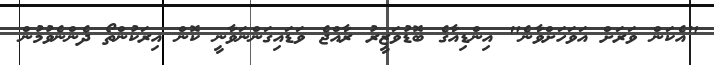
"އެކަން ވަރަށް އަވަހަށްވާނެ" އިންޑިއާގެ ބޮޑުވަޒީރު ރާއްޖެ ވަޑައިގަންނަވާނީ ކޮން އިރަކުންތޯ ދެންނެވުމުން